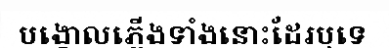
បង្គោលភ្លើងទាំងនោះដែរឬទេ